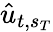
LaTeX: \hat{u}_{t,s_{T}}